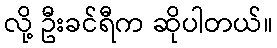
လို့ ဦးခင်ရီက ဆိုပါတယ်။